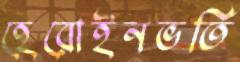
হেরোইনভর্তি